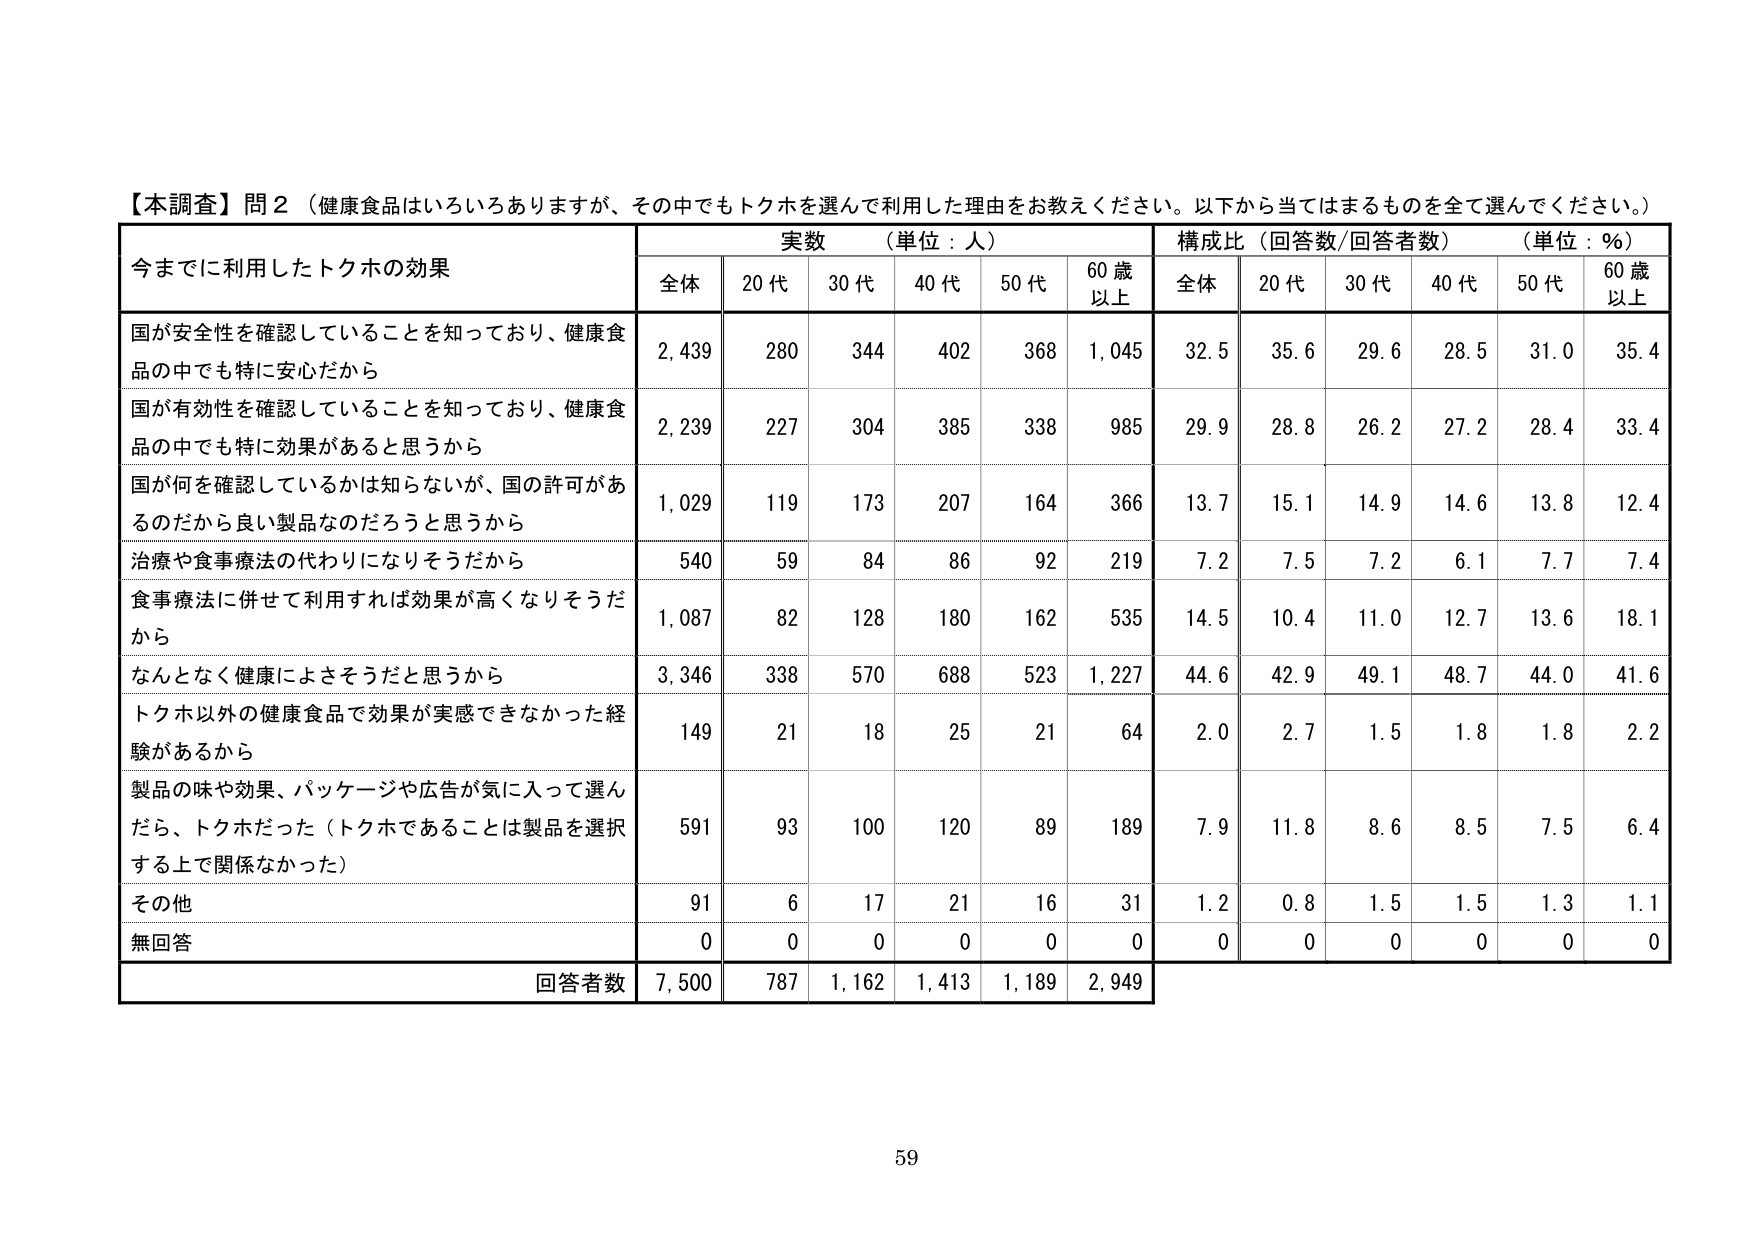
【本調査】問2（健康食品はいろいろありますが、その中でもトクホを選んで利用した理由をお教えください。以下から当てはまるものを全て選んでください。）

今までに利用したトクホの効果

実数（単位：人） 構成比（回答数/回答者数）（単位：%）

全体 20代 30代 40代 50代 60歳以上 全体 20代 30代 40代 50代 60歳以上

国が安全性を確認していることを知っており、健康食品の中でも特に安心だから 2,439 280 344 402 368 1,045 32.5 35.6 29.6 28.5 31.0 35.4

国が有効性を確認していることを知っており、健康食品の中でも特に効果があると思うから 2,239 227 304 385 338 985 29.9 28.8 26.2 27.2 28.4 33.4

国が何を確認しているかは知らないが、国の許可があるのだから良い製品なのだろうと思うから 1,029 119 173 207 164 366 13.7 15.1 14.9 14.6 13.8 12.4

治療や食事療法の代わりになりそうだから 540 59 84 86 92 219 7.2 7.5 7.2 6.1 7.7 7.4

食事療法に併せて利用すれば効果が高くなりそうだから 1,087 82 128 180 162 535 14.5 10.4 11.0 12.7 13.6 18.1

なんとなく健康によさそうだと思うから 3,346 338 570 688 523 1,227 44.6 42.9 49.1 48.7 44.0 41.6

トクホ以外の健康食品で効果が実感できなかった経験があるから 149 21 18 25 21 64 2.0 2.7 1.5 1.8 1.8 2.2

製品の味や効果、パッケージや広告が気に入って選んだら、トクホだった（トクホであることは製品を選択する上で関係なかった） 591 93 100 120 89 189 7.9 11.8 8.6 8.5 7.5 6.4

その他 91 6 17 21 16 31 1.2 0.8 1.5 1.5 1.3 1.1

無回答 0 0 0 0 0 0 0 0 0 0 0 0

回答者数 7,500 787 1,162 1,413 1,189 2,949

59